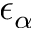
\epsilon _ { \alpha }